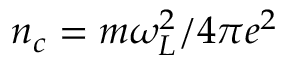
n _ { c } = m \omega _ { L } ^ { 2 } / 4 \pi e ^ { 2 }